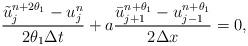
LaTeX: \begin{align*}\dfrac{ \tilde{u}^{n+2 \theta_1}_j - u^n_j}{2 \theta_1 \Delta t} + a\dfrac{\bar{u}^{n+ \theta_1}_{j+1}-u^{n+\theta_1}_{j-1}}{2 \Delta x}=0,\end{align*}